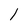
Character: l